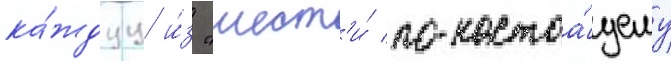
ка́ждуу и́з "шест'и́ по-настоа́щему